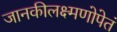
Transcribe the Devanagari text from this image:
जानकीलक्ष्मणोपेतं